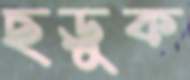
ছড়ুক